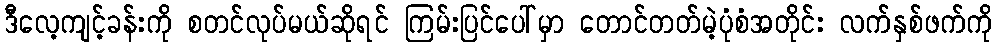
ဒီလေ့ကျင့်ခန်းကို စတင်လုပ်မယ်ဆိုရင် ကြမ်းပြင်ပေါ်မှာ တောင်တတ်မဲ့ပုံစံအတိုင်း လက်နှစ်ဖက်ကို